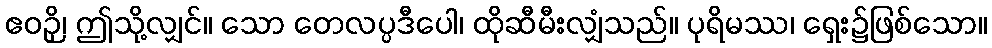
ဧဝဉှိ၊ ဤသို့လျှင်။ သော တေလပ္ပဒီပေါ၊ ထိုဆီမီးလျှံသည်။ ပုရိမဿ၊ ရှေး၌ဖြစ်သော။